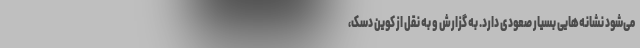
می‌شود نشانه‌هایی بسیار صعودی دارد. به گزارش و به نقل از کوین دسک،